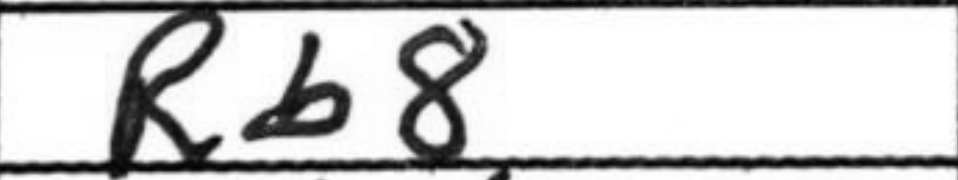
Transcription: Rb8